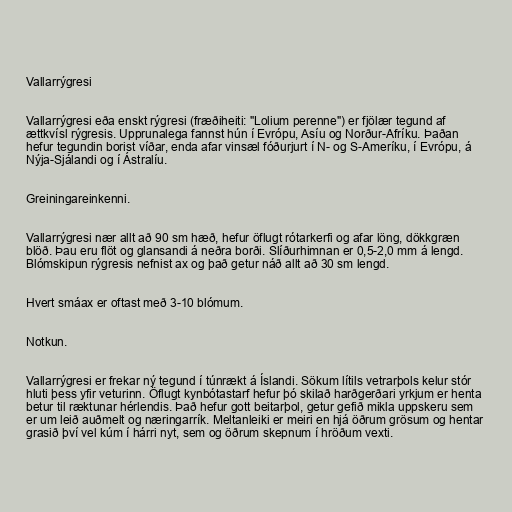
Vallarrýgresi

Vallarrýgresi eða enskt rýgresi (fræðiheiti: "Lolium perenne") er fjölær tegund af
ættkvísl rýgresis. Upprunalega fannst hún í Evrópu, Asíu og Norður-Afríku. Þaðan
hefur tegundin borist víðar, enda afar vinsæl fóðurjurt í N- og S-Ameríku, í Evrópu, á
Nýja-Sjálandi og í Ástralíu.

Greiningareinkenni.

Vallarrýgresi nær allt að 90 sm hæð, hefur öflugt rótarkerfi og afar löng, dökkgræn
blöð. Þau eru flöt og glansandi á neðra borði. Slíðurhimnan er 0,5-2,0 mm á lengd.
Blómskipun rýgresis nefnist ax og það getur náð allt að 30 sm lengd.

Hvert smáax er oftast með 3-10 blómum.

Notkun.

Vallarrýgresi er frekar ný tegund í túnrækt á Íslandi. Sökum lítils vetrarþols kelur stór
hluti þess yfir veturinn. Öflugt kynbótastarf hefur þó skilað harðgerðari yrkjum er henta
betur til ræktunar hérlendis. Það hefur gott beitarþol, getur gefið mikla uppskeru sem
er um leið auðmelt og næringarrík. Meltanleiki er meiri en hjá öðrum grösum og hentar
grasið því vel kúm í hárri nyt, sem og öðrum skepnum í hröðum vexti.